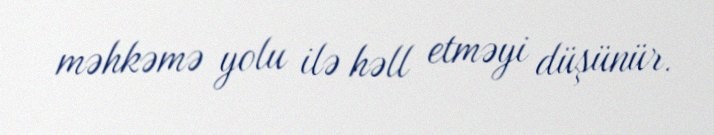
məhkəmə yolu ilə həll etməyi düşünür.